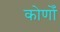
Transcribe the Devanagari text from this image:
कोणोँ